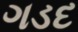
ગડદ